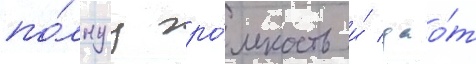
по́лнуу гро́мкость и́ дао́т